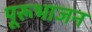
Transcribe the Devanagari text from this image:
पूरूभाजन